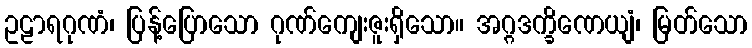
ဥဠာရဂုဏံ၊ ပြန့်ပြောသော ဂုဏ်ကျေးဇူးရှိသော။ အဂ္ဂဒက္ခိဏေယျံ၊ မြတ်သော